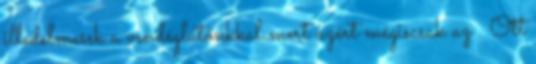
illedelmesek a vendéglátónkkal mert azért mégiscsak az . Ott